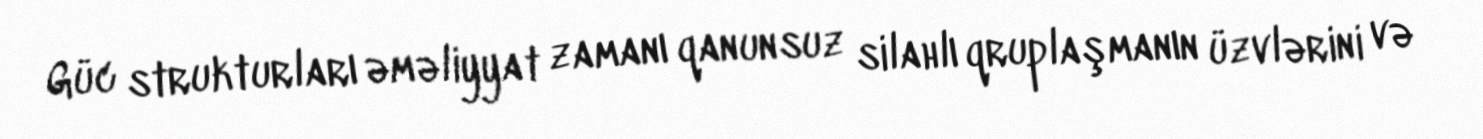
Güc strukturları əməliyyat zamanı qanunsuz silahlı qruplaşmanın üzvlərini və